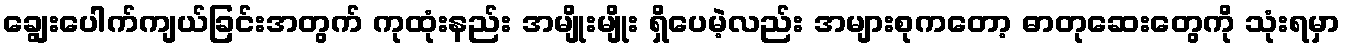
ချွေးပေါက်ကျယ်ခြင်းအတွက် ကုထုံးနည်း အမျိုးမျိုး ရှိပေမဲ့လည်း အများစုကတော့ ဓာတုဆေးတွေကို သုံးရမှာ